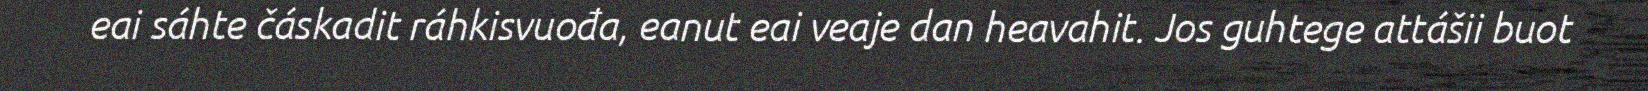
eai sáhte čáskadit ráhkisvuođa, eanut eai veaje dan heavahit. Jos guhtege attášii buot